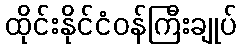
ထိုင်းနိုင်ငံဝန်ကြီးချုပ်